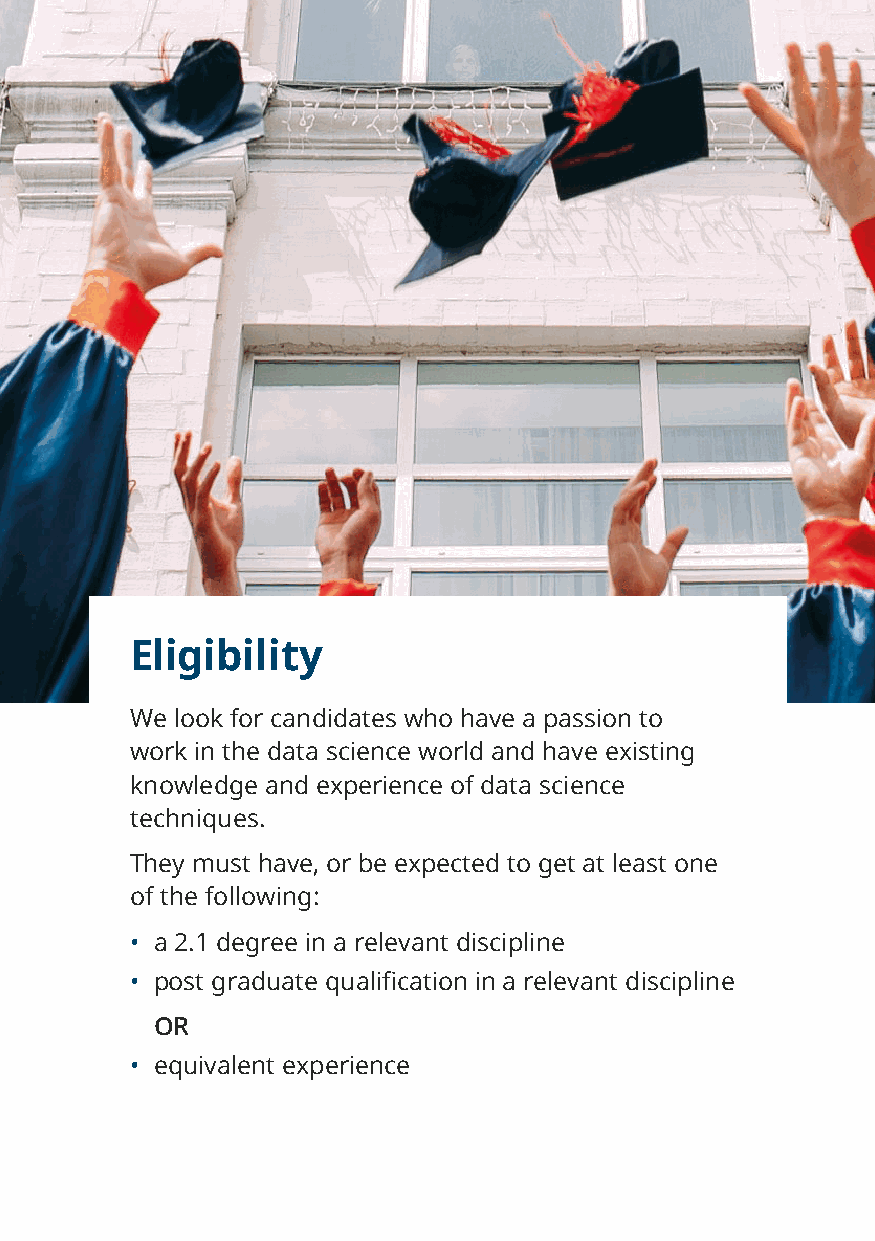
Eligibility
 We look for candidates who have a passion to
 work in the data science world and have existing
 knowledge and experience of data science
 techniques.
 They must have, or be expected to get at least one
 of the following:
 • a 2.1 degree in a relevant discipline
 • post graduate qualification in a relevant discipline
 OR
 • equivalent experience